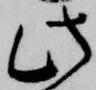
此